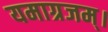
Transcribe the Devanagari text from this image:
यमाग्रजम्।